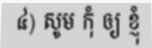
៤) សូម កុំ ឲ្យ ខ្ញុំ